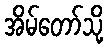
အိမ်တော်သို့